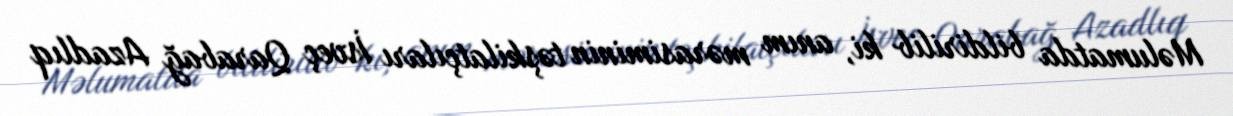
Məlumatda bildirilib ki, anım mərasiminin təşkilatçıları İsveç Qarabağ Azadlıq